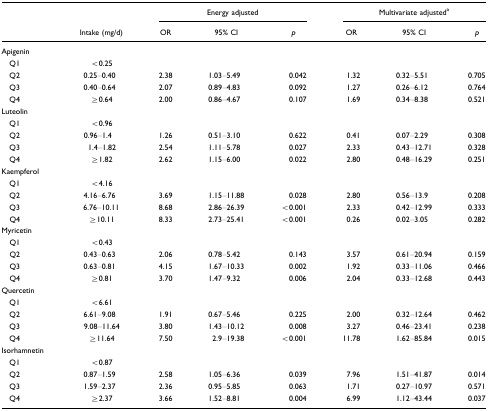
<table><thead><tr><td></td><td></td><td colspan="3"><b>Energy adjusted</b></td><td colspan="3"><b>Multivariate adjusteda</b></td></tr><tr><td></td><td><b>Intake (mg/d)</b></td><td><b>OR</b></td><td><b>95% CI</b></td><td><b><i>p</i></b></td><td><b>OR</b></td><td><b>95% CI</b></td><td><b><i>p</i></b></td></tr></thead><tbody><tr><td>Apigenin</td><td></td><td></td><td></td><td></td><td></td><td></td><td></td></tr><tr><td> Q1</td><td>&lt;0.25</td><td></td><td></td><td></td><td></td><td></td><td></td></tr><tr><td> Q2</td><td>0.25–0.40</td><td>2.38</td><td>1.03–5.49</td><td>0.042</td><td>1.32</td><td>0.32–5.51</td><td>0.705</td></tr><tr><td> Q3</td><td>0.40–0.64</td><td>2.07</td><td>0.89–4.83</td><td>0.092</td><td>1.27</td><td>0.26–6.12</td><td>0.764</td></tr><tr><td> Q4</td><td>≥0.64</td><td>2.00</td><td>0.86–4.67</td><td>0.107</td><td>1.69</td><td>0.34–8.38</td><td>0.521</td></tr><tr><td>Luteolin</td><td></td><td></td><td></td><td></td><td></td><td></td><td></td></tr><tr><td> Q1</td><td>&lt;0.96</td><td></td><td></td><td></td><td></td><td></td><td></td></tr><tr><td> Q2</td><td>0.96–1.4</td><td>1.26</td><td>0.51–3.10</td><td>0.622</td><td>0.41</td><td>0.07–2.29</td><td>0.308</td></tr><tr><td> Q3</td><td>1.4–1.82</td><td>2.54</td><td>1.11–5.78</td><td>0.027</td><td>2.33</td><td>0.43–12.71</td><td>0.328</td></tr><tr><td> Q4</td><td>≥1.82</td><td>2.62</td><td>1.15–6.00</td><td>0.022</td><td>2.80</td><td>0.48–16.29</td><td>0.251</td></tr><tr><td>Kaempferol</td><td></td><td></td><td></td><td></td><td></td><td></td><td></td></tr><tr><td> Q1</td><td>&lt;4.16</td><td></td><td></td><td></td><td></td><td></td><td></td></tr><tr><td> Q2</td><td>4.16–6.76</td><td>3.69</td><td>1.15–11.88</td><td>0.028</td><td>2.80</td><td>0.56–13.9</td><td>0.208</td></tr><tr><td> Q3</td><td>6.76–10.11</td><td>8.68</td><td>2.86–26.39</td><td>&lt;0.001</td><td>2.33</td><td>0.42–12.99</td><td>0.333</td></tr><tr><td> Q4</td><td>≥10.11</td><td>8.33</td><td>2.73–25.41</td><td>&lt;0.001</td><td>0.26</td><td>0.02–3.05</td><td>0.282</td></tr><tr><td>Myricetin</td><td></td><td></td><td></td><td></td><td></td><td></td><td></td></tr><tr><td> Q1</td><td>&lt;0.43</td><td></td><td></td><td></td><td></td><td></td><td></td></tr><tr><td> Q2</td><td>0.43–0.63</td><td>2.06</td><td>0.78–5.42</td><td>0.143</td><td>3.57</td><td>0.61–20.94</td><td>0.159</td></tr><tr><td> Q3</td><td>0.63–0.81</td><td>4.15</td><td>1.67–10.33</td><td>0.002</td><td>1.92</td><td>0.33–11.06</td><td>0.466</td></tr><tr><td> Q4</td><td>≥0.81</td><td>3.70</td><td>1.47–9.32</td><td>0.006</td><td>2.04</td><td>0.33–12.68</td><td>0.443</td></tr><tr><td>Quercetin</td><td></td><td></td><td></td><td></td><td></td><td></td><td></td></tr><tr><td> Q1</td><td>&lt;6.61</td><td></td><td></td><td></td><td></td><td></td><td></td></tr><tr><td> Q2</td><td>6.61–9.08</td><td>1.91</td><td>0.67–5.46</td><td>0.225</td><td>2.00</td><td>0.32–12.64</td><td>0.462</td></tr><tr><td> Q3</td><td>9.08–11.64</td><td>3.80</td><td>1.43–10.12</td><td>0.008</td><td>3.27</td><td>0.46–23.41</td><td>0.238</td></tr><tr><td> Q4</td><td>≥11.64</td><td>7.50</td><td>2.9–19.38</td><td>&lt;0.001</td><td>11.78</td><td>1.62–85.84</td><td>0.015</td></tr><tr><td>Isorhamnetin</td><td></td><td></td><td></td><td></td><td></td><td></td><td></td></tr><tr><td> Q1</td><td>&lt;0.87</td><td></td><td></td><td></td><td></td><td></td><td></td></tr><tr><td> Q2</td><td>0.87–1.59</td><td>2.58</td><td>1.05–6.36</td><td>0.039</td><td>7.96</td><td>1.51–41.87</td><td>0.014</td></tr><tr><td> Q3</td><td>1.59–2.37</td><td>2.36</td><td>0.95–5.85</td><td>0.063</td><td>1.71</td><td>0.27–10.97</td><td>0.571</td></tr><tr><td> Q4</td><td>≥2.37</td><td>3.66</td><td>1.52–8.81</td><td>0.004</td><td>6.99</td><td>1.12–43.44</td><td>0.037</td></tr></tbody></table>